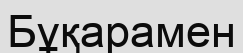
Бұқарамен